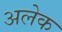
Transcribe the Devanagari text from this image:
अलेक